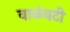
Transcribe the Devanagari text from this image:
वाळंवटी